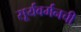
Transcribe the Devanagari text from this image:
सूर्यवर्मनची